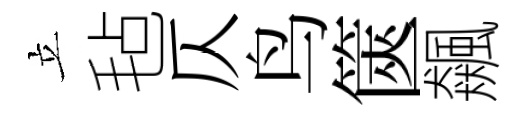
立毡仄鸟篋飆